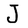
Character: J